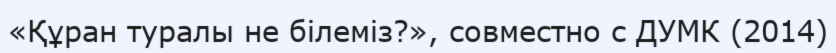
«Құран туралы не білеміз?», совместно с ДУМК (2014)